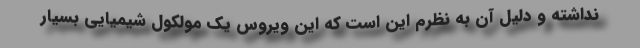
نداشته و دلیل آن به نظرم این است که این ویروس یک مولکول شیمیایی بسیار